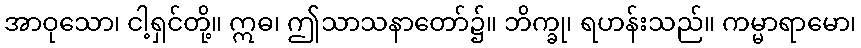
အာဝုသော၊ ငါ့ရှင်တို့။ ဣဓ၊ ဤသာသနာတော်၌။ ဘိက္ခု၊ ရဟန်းသည်။ ကမ္မာရာမော၊